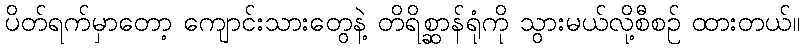
ပိတ်ရက်မှာတော့ ကျောင်းသားတွေနဲ့ တိရိစ္ဆာန်ရုံကို သွားမယ်လို့စီစဉ် ထားတယ်။